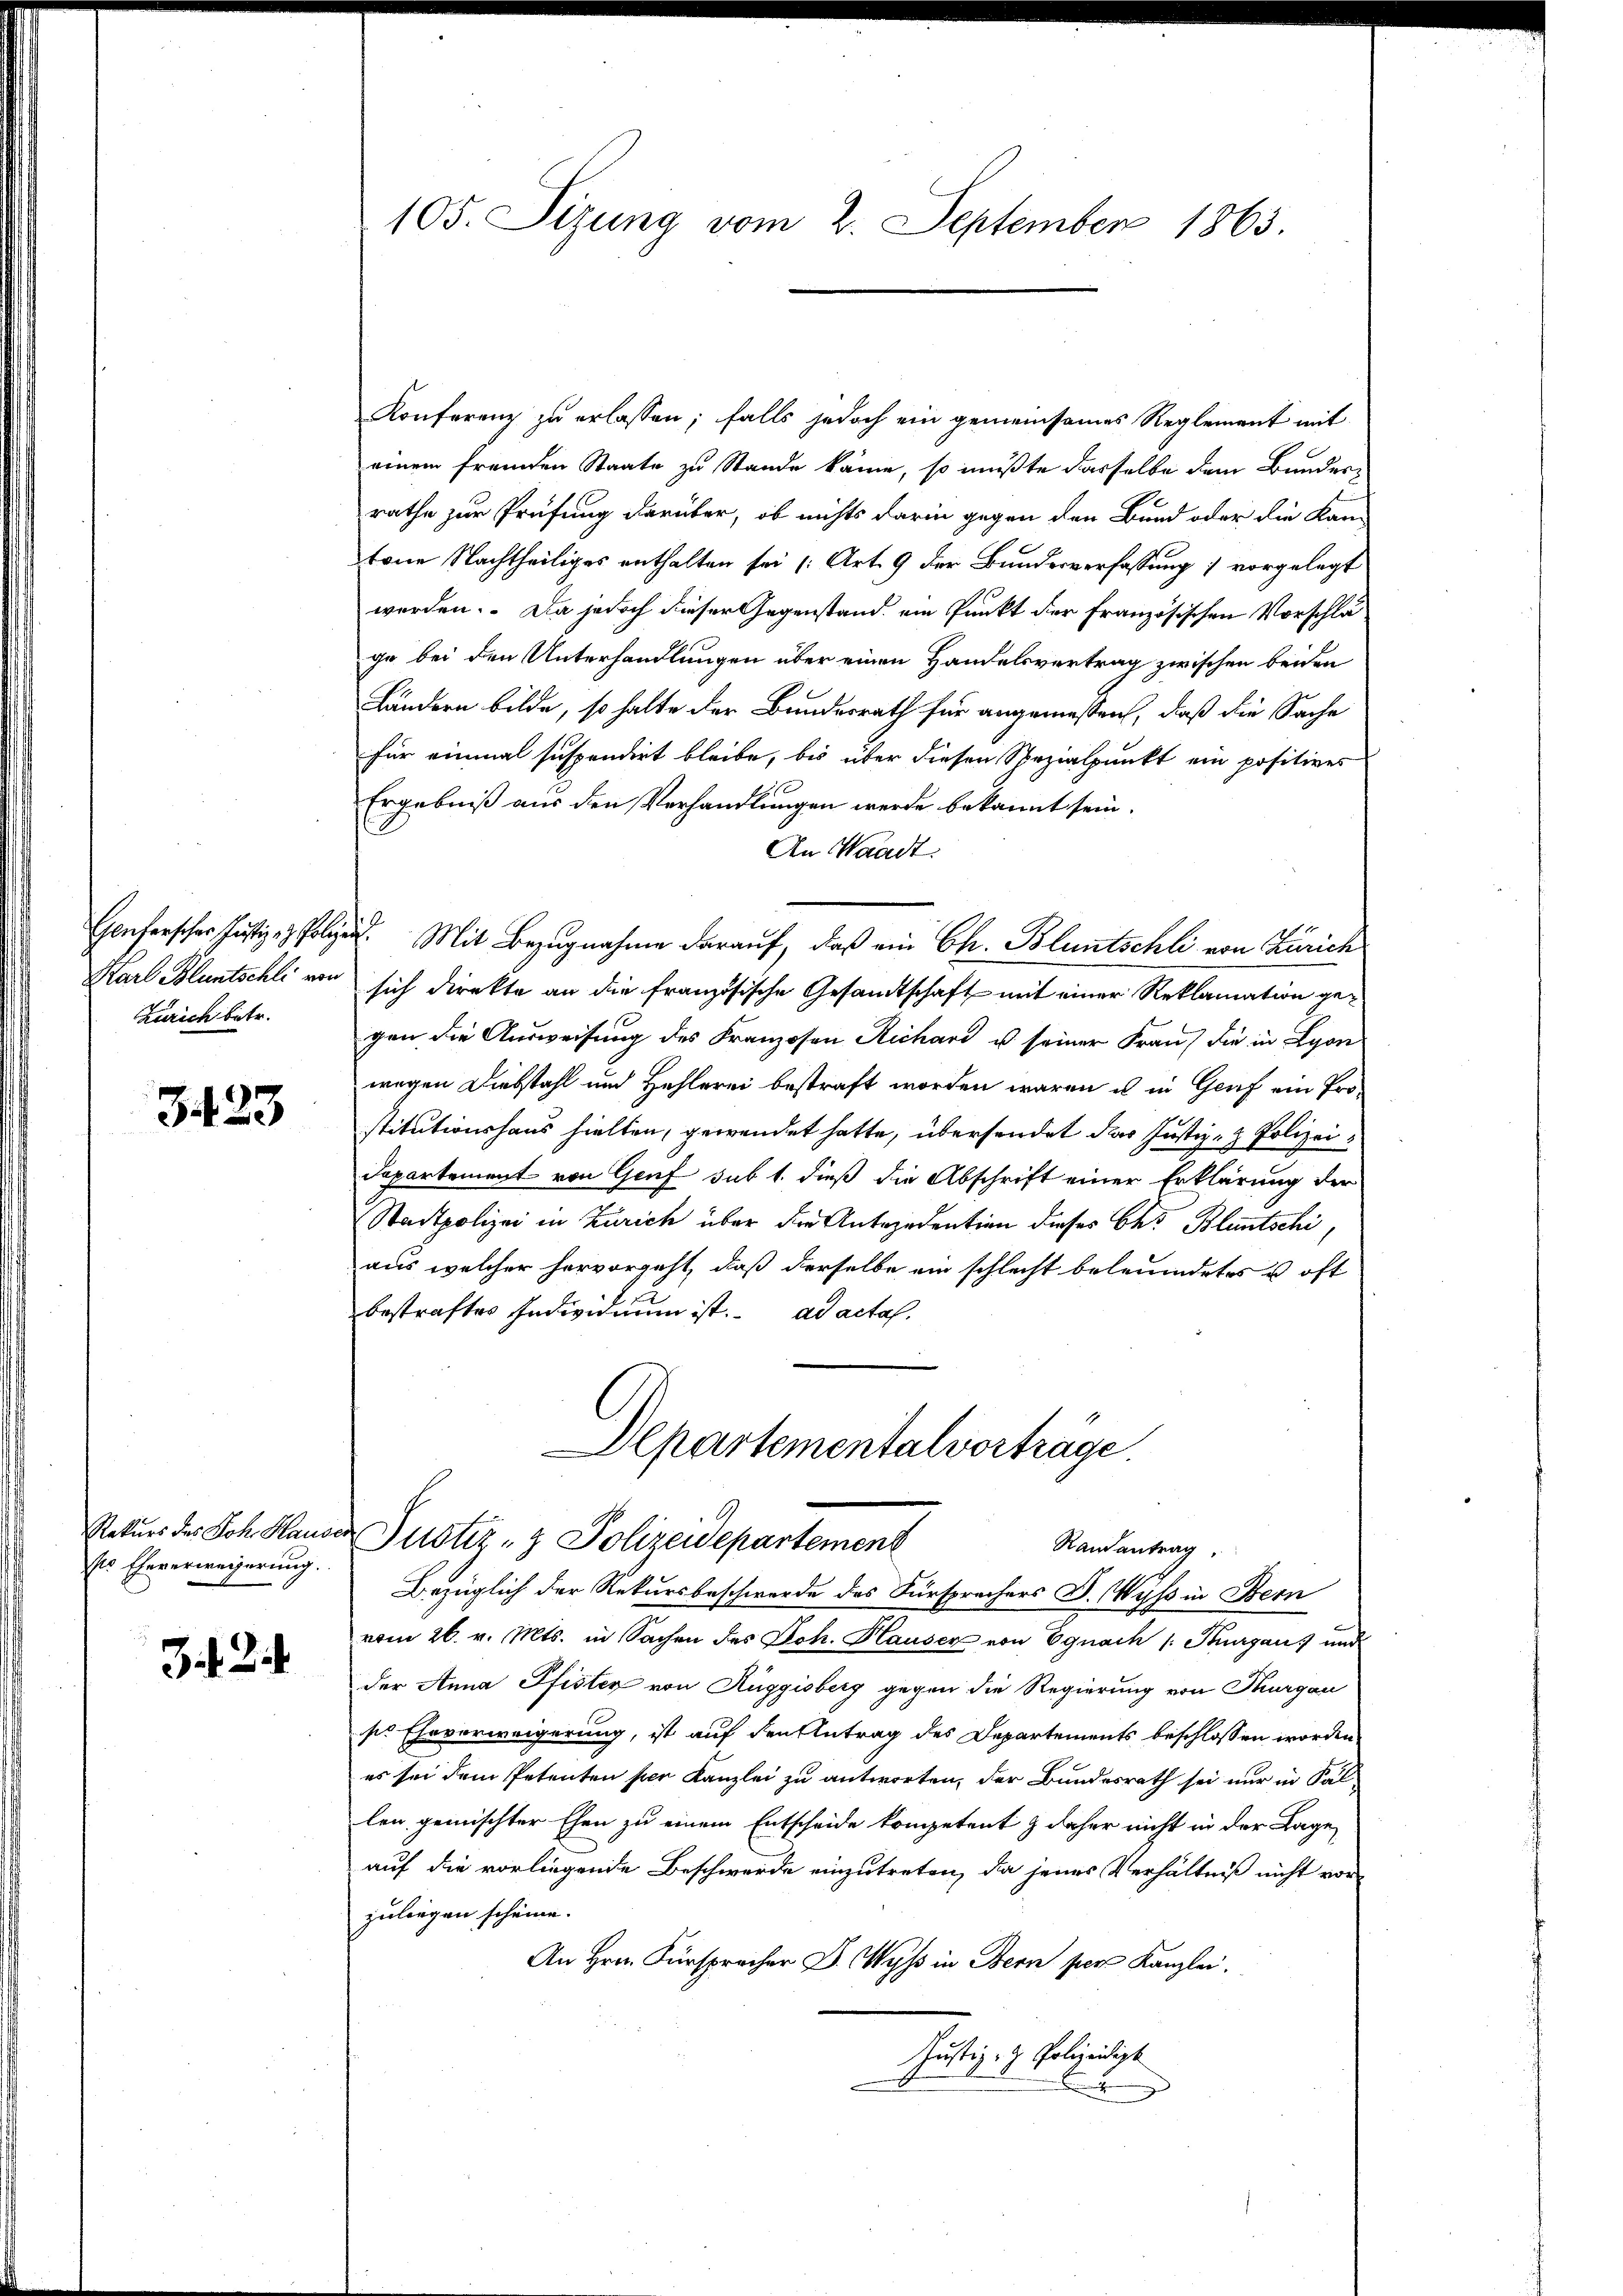
Karl Bluntschli von
Zürich betr.

3423

Rekurs des Joh. Hause
Es Ehererweigerung.

324

105. Sizung vom 2. September 1865.

Konferenz zu erlassen; falls jedoch ein gemeinsames Reglement mit
einem fremden Staate zu Stande käme, so müßte dasselbe dem Bunder-
rathe zur Prüfung darüber, ob nichts darin gegen den Bund oder die Kam
tone Nachtheiliges enthalten sei (Art. 9 der Bundesverfassung 1 vorgelegt
werden. Da jedoch dieser Gegenstand ein Punkt der Französischen Vorschläge bei den Unterhandlungen über einen Handelsvertrag zwischen beiden
Ländern bilde, so halte der Bundesrath für angemessen, daß die Sache
für einmal suspendirt bleibe, bis über diesen Spezialpunkt ein positives
Ergebniß aus den Verhandlungen werde bekannt sein.
An Waadt.
enferscher Justiz- & Polen. Mit Bezugnahme darauf, daß ein Ch. Bluntschli von Zürich
sich direkte an die französische Gesandtschaft mit einer Reklamation gegen die Ausweisung des Franzosen Richard u seiner Frau, die in Lyon
wegen Diebstahl und Hehlerei bestraft worden waren u in Genf ein Prostitutionshaus hielten, gewendet hatte, übersendet das Justiz- & Polizei¬
Departement von Genf sub 1. dieß die Abschrift einer Erklärung der
Stadtpolizei in Zürich über die Antecedention dieses Ges. Bluntschi,
aus welcher hervorgeht, daß derselbe ein schlecht beleumdetes u oft
bestraftes Individuum ist. ad actas.
Departementalvorträge.
Justiz- & Polizeidepartement
Randantrag,
Bezüglich der Rekursbeschwerde des Fürsprachers F. Wyss in Bern
vom 26. v. Mts. in Sachen des Joh. Hauser von Egnach /: Thurgaus und
der Anna Pfister von Auggisberg gegen die Regierung von Thurgau
sie Eheverweigerung, ist auf den Antrag des Departements beschlossen worden
es sei dem Petenten per Kanzlei zu antworten, der Bundesrath sei nur in Sallen gemischter Ehen zu einem Entscheide kompetent & daher nicht in der Lage,
auf die vorliegende Beschwerde einzutreten, da jenes Verhältniß nicht vor-
zulangen scheine.
An Hrn. Fürsprecher D. Wyss in Bern per Kanzlei.
utig. H. Polizeidigt
.